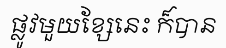
ផ្លូវមួយខ្សែនេះ ក៏បាន